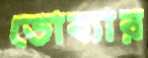
ডোব্যার